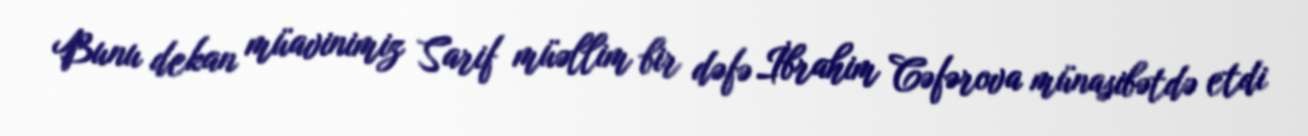
Bunu dekan müavinimiz Sarif müəllim bir dəfə İbrahim Cəfərova münasibətdə etdi